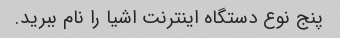
پنج نوع دستگاه اینترنت اشیا را نام ببرید.